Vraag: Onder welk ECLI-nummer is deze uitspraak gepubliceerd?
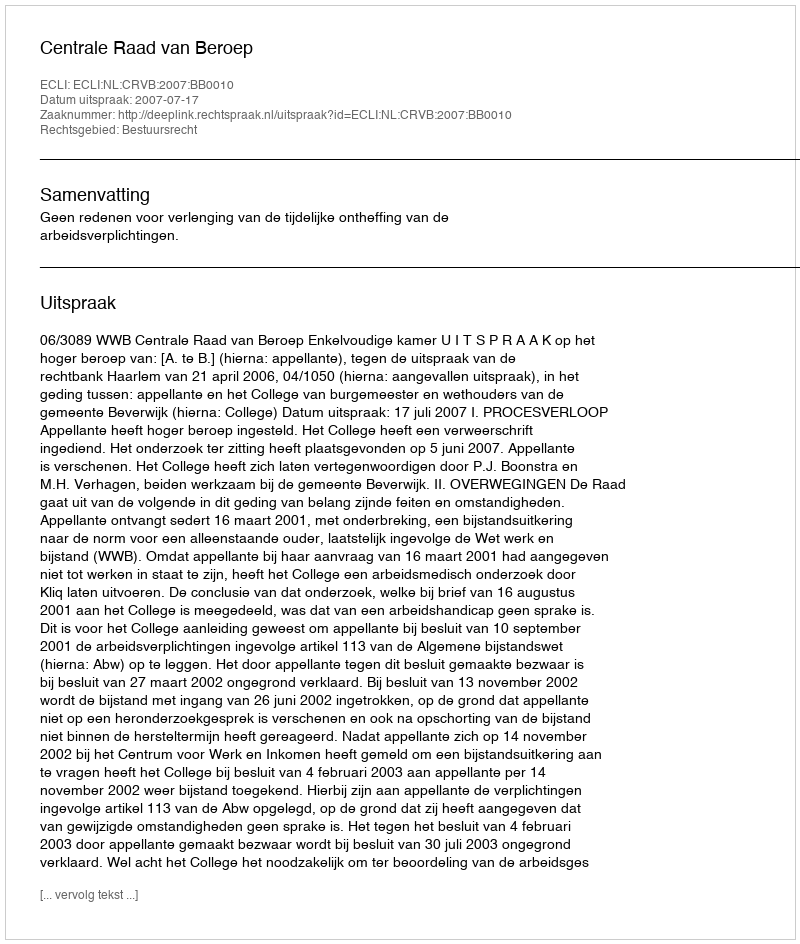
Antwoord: ECLI:NL:CRVB:2007:BB0010